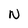
Character: N